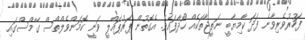
ފަހުރުވެރިވާނެ ފަދަ ކާމިޔާބީ ނަތީޖާތަކެއް ހޯދާފައެވެ. އެގޮތުން ޕަރުޕައްލީ ވަނީ ކޮމަންވެލްތްސް ގޭމްސްގައި